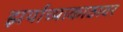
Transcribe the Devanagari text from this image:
झर्याच्याकाठावर